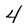
Character: 4